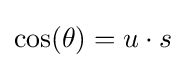
\cos(\theta )=u\cdot s